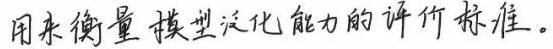
用来衡量模型泛化能力的评价标准。